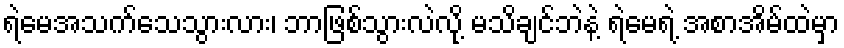
ရဲမေအသက်သေသွားလား၊ ဘာဖြစ်သွားလဲလို့ မသိချင်ဘဲနဲ့ ရဲမေရဲ့ အစာအိမ်ထဲမှာ